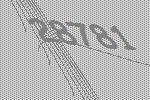
28781